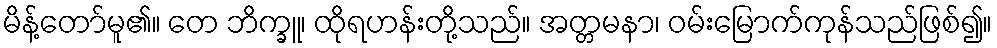
မိန့်တော်မူ၏။ တေ ဘိက္ခူ၊ ထိုရဟန်းတို့သည်။ အတ္တမနာ၊ ဝမ်းမြောက်ကုန်သည်ဖြစ်၍။